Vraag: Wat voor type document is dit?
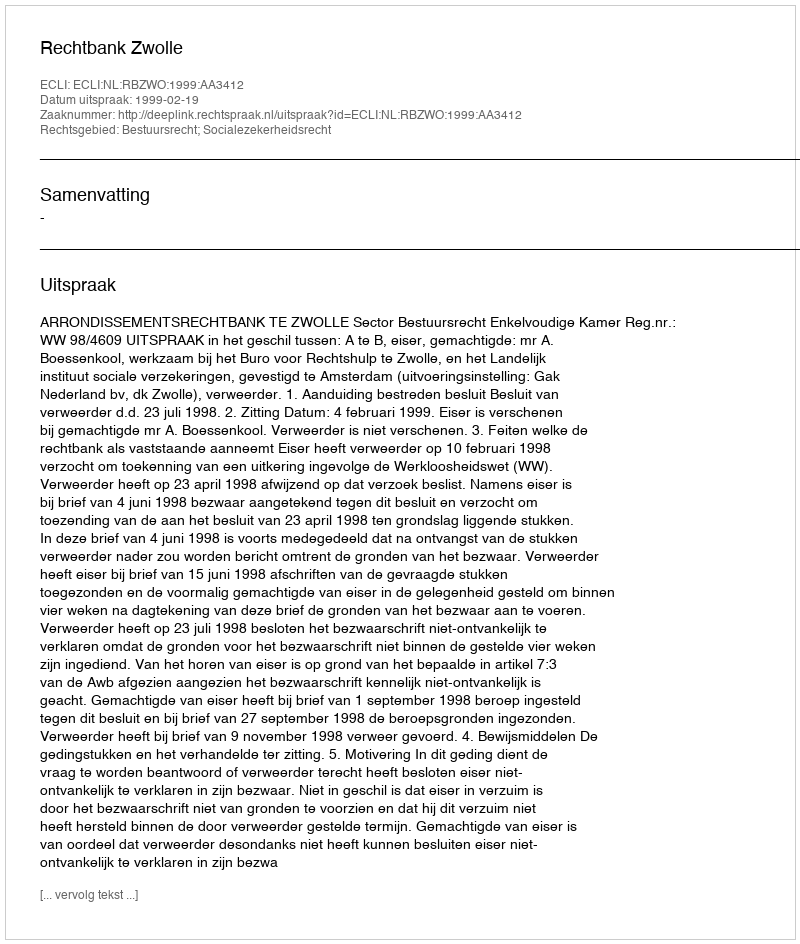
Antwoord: Uitspraak